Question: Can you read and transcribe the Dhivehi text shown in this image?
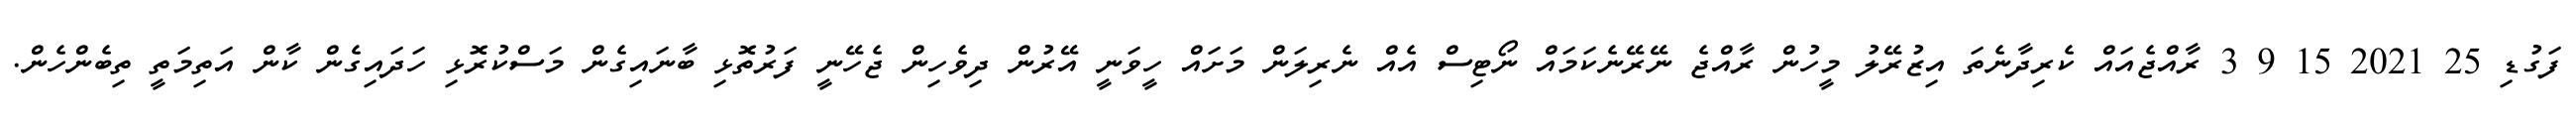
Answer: ފަގުޑި 25 2021 15 9 3 ރާއްޖެއައް ކެރިދާނެތަ އިޒުރޭލު މީހުން ރާއްޖެ ނޭރޭނެކަމައް ނޯޓިސް އެއް ނެރިލަން މަށައް ހީވަނީ އޭރުން ދިވެހިން ޖެހޭނީ ފަރުތޮޅި ބާނައިގެން މަސްކުރޮޅި ހަދައިގެން ކާން އަތިމަތީ ތިބެންހެން.